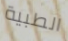
الطبية